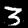
Label: 3